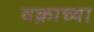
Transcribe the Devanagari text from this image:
वक्राच्या